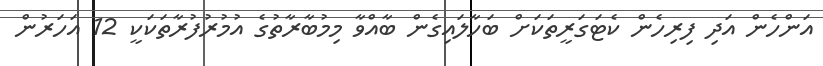
އަންހެން އަދި ފިރިހެން ކެޓަގަރީތަކަށް ބަހާލައިގެން ބާއްވާ މިމުބާރާތުގެ އުމުރުފުރާތަކަކީ 12 އަހަރުން